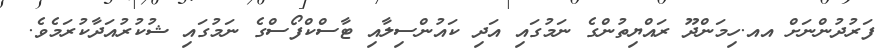
ފަރުދުންނަށް އއ.ހިމަންދޫ ރައްޔިތުންގެ ނަމުގައި އަދި ކައުންސިލާއި ޓާސްކްފޯސްގެ ނަމުގައި ޝުކުރުއަދާކުރަމެވެ.